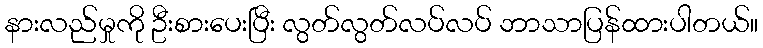
နားလည်မှုကို ဦးစားပေးပြီး လွတ်လွတ်လပ်လပ် ဘာသာပြန်ထားပါတယ်။